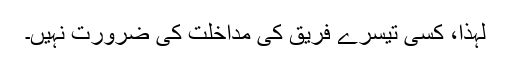
لہذا، کسی تیسرے فریق کی مداخلت کی ضرورت نہیں۔